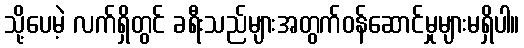
သို့ပေမဲ့ လက်ရှိတွင် ခရီးသည်များအတွက်ဝန်ဆောင်မှုများမရှိပါ။